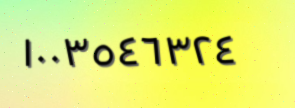
١٠٠٣٥٤٦٣٢٤